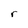
Character: r